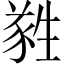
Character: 𬎼